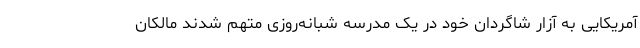
آمریکایی به آزار شاگردان خود در یک مدرسه شبانه‌روزی متهم شدند مالکان